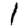
Digit: 1